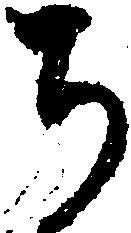
ち